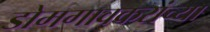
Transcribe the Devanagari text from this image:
डोमगावकरांच्या